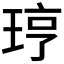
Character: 𪻥